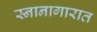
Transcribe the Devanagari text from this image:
स्नानागारात